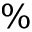
\%